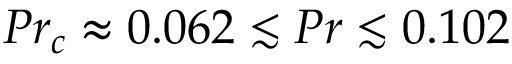
{ P r _ { c } \approx 0 . 0 6 2 \lesssim P r \lesssim 0 . 1 0 2 }